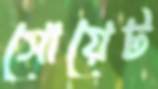
সোয়েট